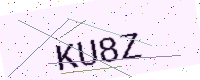
Text: KU8Z